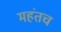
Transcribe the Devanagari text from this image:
महंतच